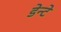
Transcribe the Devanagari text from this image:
डेन्टे